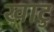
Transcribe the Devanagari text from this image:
खाटु